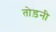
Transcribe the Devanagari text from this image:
तोड़नी